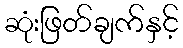
ဆုံးဖြတ်ချက်နှင့်